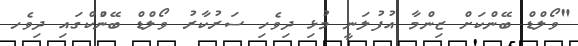
"ވޯލްޑް ބޭންކަށް ޒިންމާ އުފުލަނީ މުޅި ދިވެހި ސަރުކާރު ވޯލްޑް ބޭންުކްގައި ދިވެހ